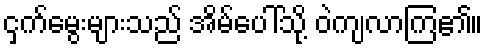
ငှက်မွေးများသည် အိမ်ပေါ်သို့ ဝဲကျလာကြ၏။